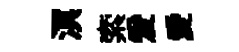
溟索爰愛